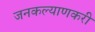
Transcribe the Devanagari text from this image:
जनकल्याणकरी